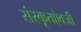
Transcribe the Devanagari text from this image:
संस्कृतऐवजी